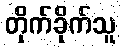
တိုက်ခိုက်သူ